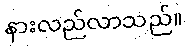
နားလည်လာသည်။